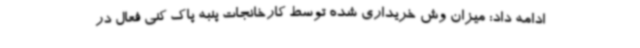
ادامه داد: میزان وش خریداری شده توسط کارخانجات پنبه پاک کنی فعال در